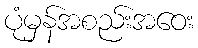
ပုံမှန်အစည်းအဝေး